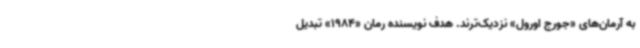
به آرمان‌های «جورج اورول» نزدیک‌ترند. هدف نویسنده رمان «1984» تبدیل